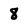
Character: 8